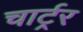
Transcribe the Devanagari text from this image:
चार्ट्रर